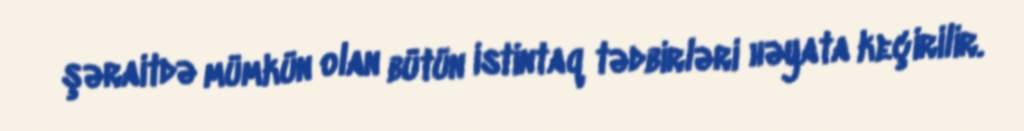
şəraitdə mümkün olan bütün istintaq tədbirləri həyata keçirilir.